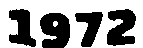
1972